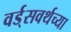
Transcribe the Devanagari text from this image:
वर्ड्‌सवर्थच्या